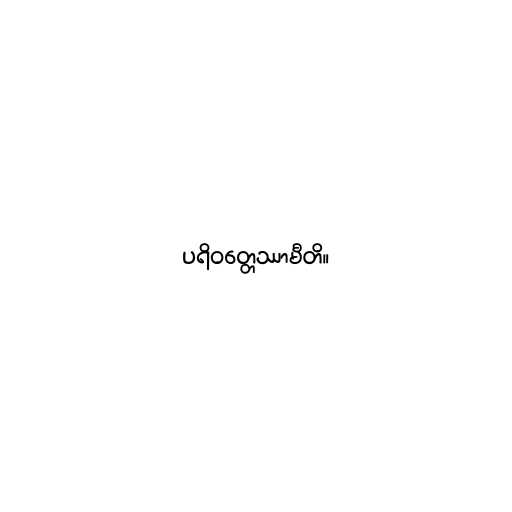
ပရိဝတ္တေဿာမီတိ။